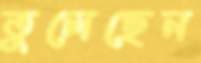
তুলেছেন